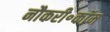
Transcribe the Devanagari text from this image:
नौकरी॰कॉम